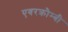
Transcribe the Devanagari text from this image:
एबरक्रौम्बी